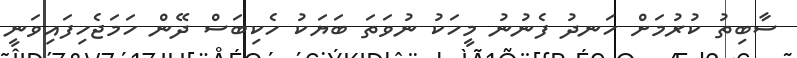
ސާބިތު ކުރުމަށް ހަނދު ފެނުނު މީހަކު ނުވަތަ ބަޔަކު ހެކިބަސް ދޭން ހަމަޖެހިފައިވަނީ